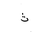
Letter: _tha